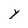
Character: Y